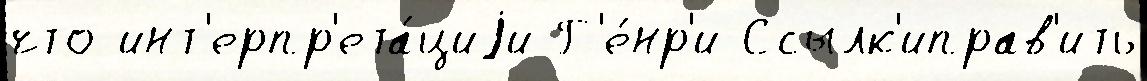
что инт'ерпр'ета́циjи Г'е́нр'и Ссылк'иправ'ить